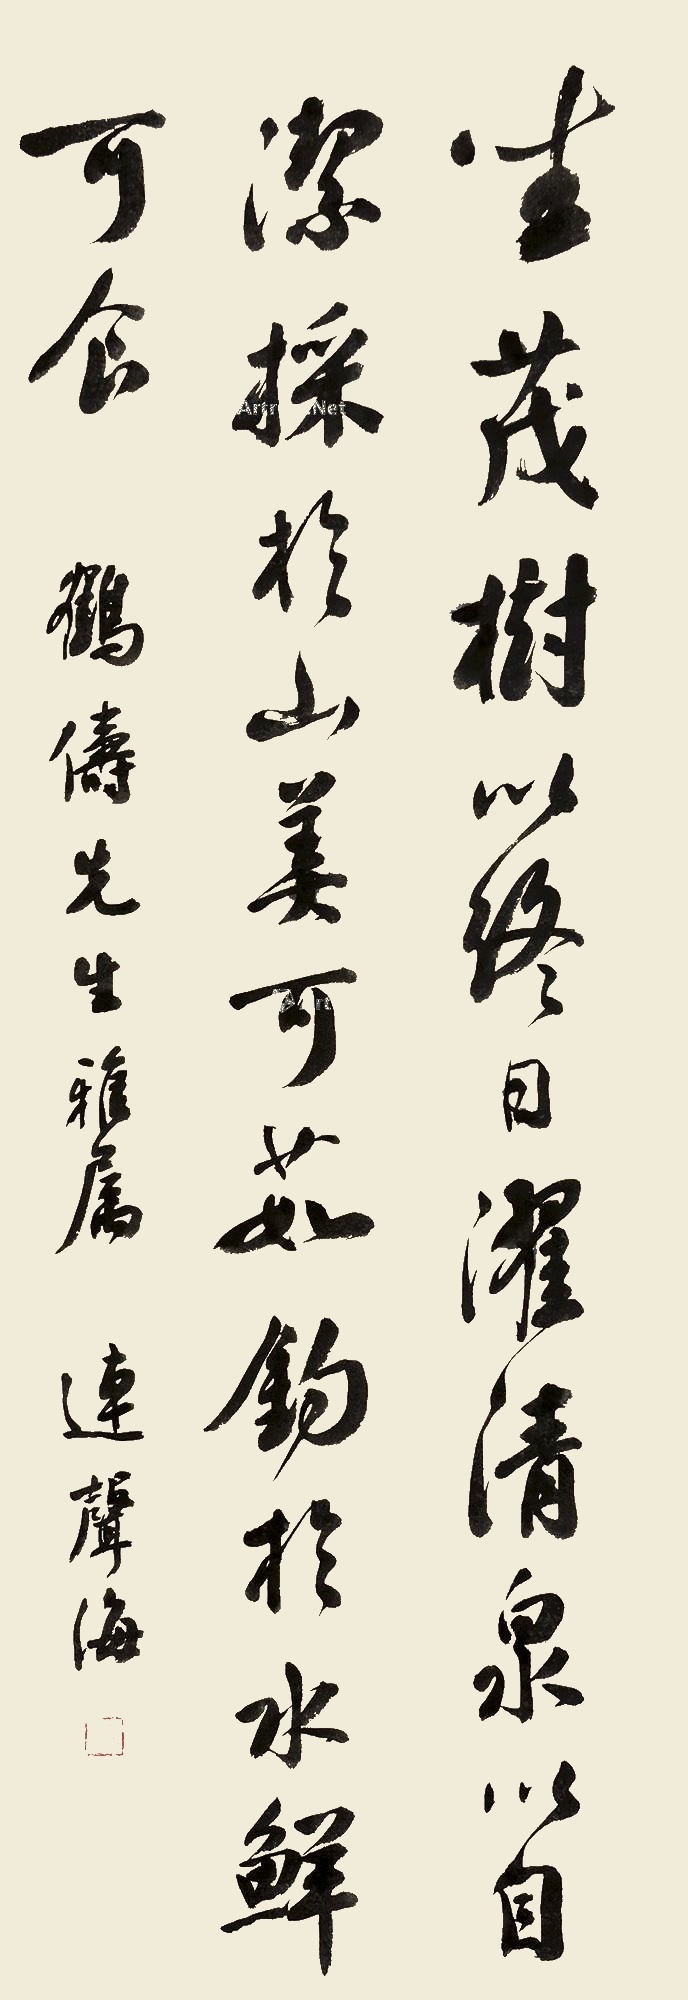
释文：坐茂树以终日，濯清泉以自洁，采于山美可茹，钓于水鲜可食。鹤俦先生雅属，连声海。